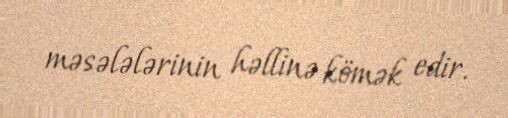
məsələlərinin həllinə kömək edir.